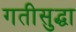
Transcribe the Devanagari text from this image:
गतीसुद्धा